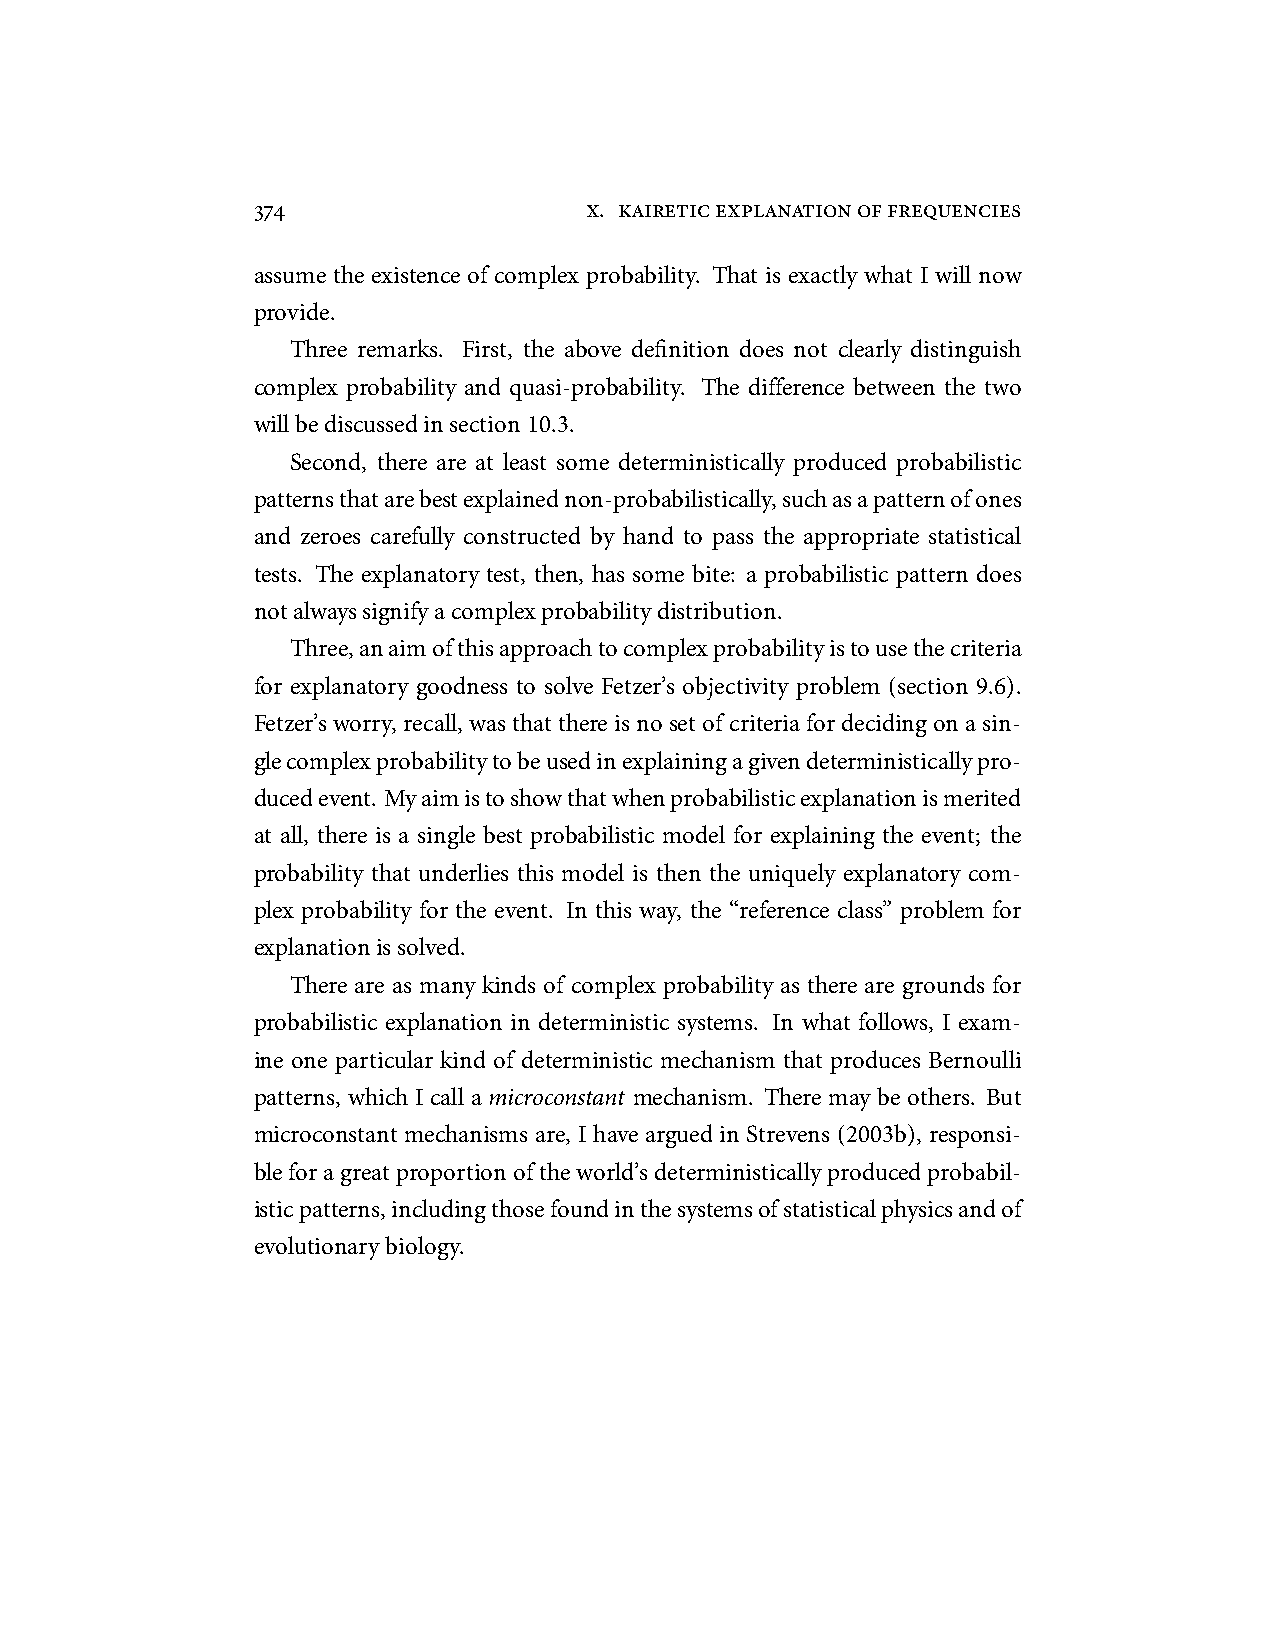
374                   x. kaireticexplanationoffrequencies
 assume the existence of complex probability. That is exactly what I will now
 provide.
 Three remarks. First, the above definition does not clearly distinguish
 complex probability and quasi-probability. The difference between the two
 willbediscussedinsection10.3.
 Second, there are at least some deterministically produced probabilistic
 patternsthatarebestexplainednon-probabilistically,suchasapatternofones
 and zeroes carefully constructed by hand to pass the appropriate statistical
 tests. The explanatory test, then, has some bite: a probabilistic pattern does
 notalwayssignifyacomplexprobabilitydistribution.
 Three,anaimofthisapproachtocomplexprobabilityistousethecriteria
 for explanatory goodness to solve Fetzer’s objectivity problem (section 9.6).
 Fetzer’sworry, recall, wasthatthereisnosetofcriteriafordecidingonasin-
 glecomplexprobabilitytobeusedinexplainingagivendeterministicallypro-
 ducedevent. Myaimistoshowthatwhenprobabilisticexplanationismerited
 at all, there is a single best probabilistic model for explaining the event; the
 probability that underlies this model is then the uniquely explanatory com-
 plex probability for the event. In this way, the “reference class” problem for
 explanationissolved.
 There are as many kinds of complex probability as there are grounds for
 probabilistic explanation in deterministic systems. In what follows, I exam-
 ine one particular kind of deterministic mechanism that produces Bernoulli
 patterns, which I call a microconstant mechanism. There may be others. But
 microconstant mechanisms are, I have argued in Strevens (2003b), responsi-
 bleforagreatproportionoftheworld’sdeterministicallyproducedprobabil-
 isticpatterns,includingthosefoundinthesystemsofstatisticalphysicsandof
 evolutionarybiology.